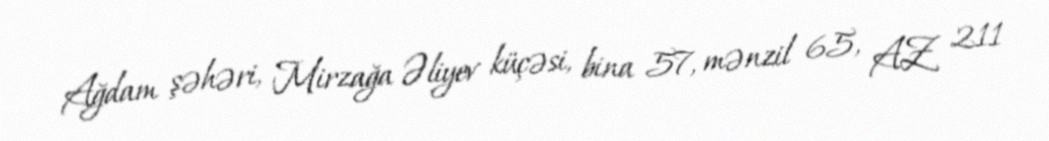
Ağdam şəhəri, Mirzağa Əliyev küçəsi, bina 57, mənzil 65, AZ 211